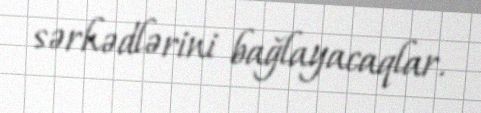
sərhədlərini bağlayacaqlar.